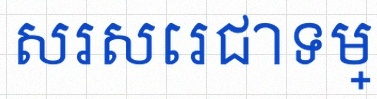
សរសេរជាទម្រង់លីនេអ៊ែរ